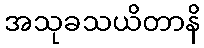
အသုခသယိတာနိ